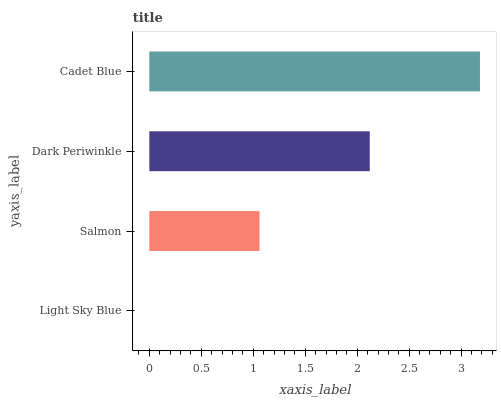
| yaxis_label | bars |
 | --- | --- |
 | Light Sky Blue | 0 |
 | Salmon | 1.06 |
 | Dark Periwinkle | 2.12 |
 | Cadet Blue | 3.18 |